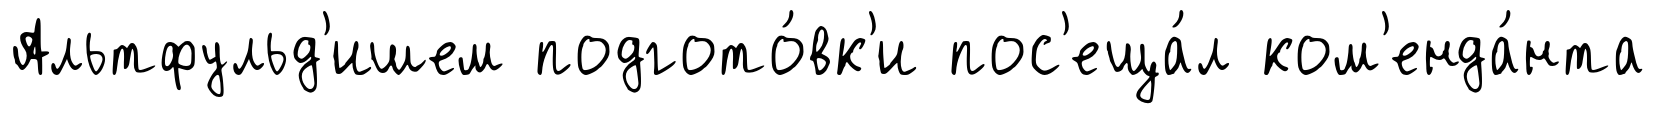
Альтфульд'ишем подгото́вк'и пос'еща́л ком'енда́нта